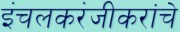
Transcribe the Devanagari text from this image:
इंचलकरंजीकरांचे